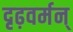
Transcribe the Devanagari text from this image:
दृढ़वर्मन्